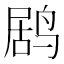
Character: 𱊌